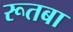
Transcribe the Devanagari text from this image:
रूतबा